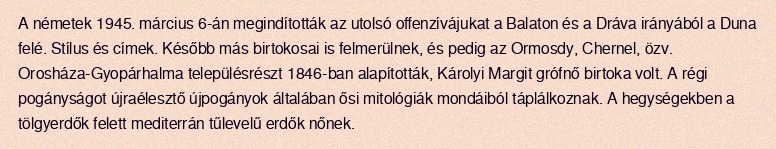
A németek 1945. március 6-án megindították az utolsó offenzívájukat a Balaton és a Dráva irányából a Duna felé. Stílus és címek. Később más birtokosai is felmerülnek, és pedig az Ormosdy, Chernel, özv. Orosháza-Gyopárhalma településrészt 1846-ban alapították, Károlyi Margit grófnő birtoka volt. A régi pogányságot újraélesztő újpogányok általában ősi mitológiák mondáiból táplálkoznak. A hegységekben a tölgyerdők felett mediterrán tűlevelű erdők nőnek.